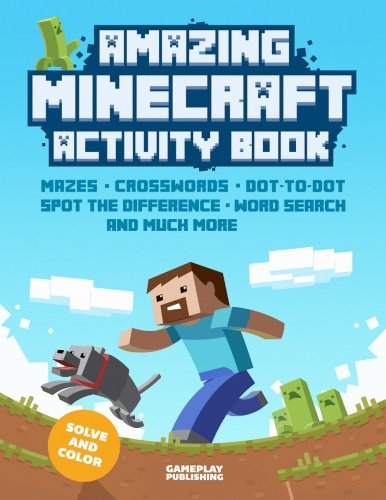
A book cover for Amazing Minecraft Activity Book (Volume 1); Gameplay Publishing; Humor & Entertainment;